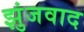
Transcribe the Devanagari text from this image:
झुंजवाद